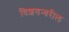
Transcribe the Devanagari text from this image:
विशयन्वरील